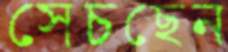
সেচছেন